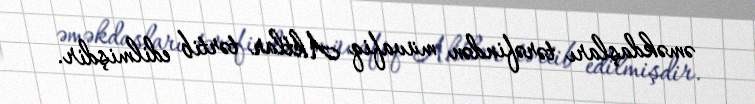
əməkdaşları tərəfindən müvafiq Aktlar tərtib edilmişdir.